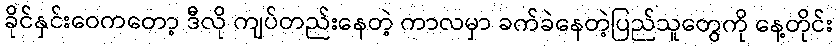
ခိုင်နှင်းဝေကတော့ ဒီလို ကျပ်တည်းနေတဲ့ ကာလမှာ ခက်ခဲနေတဲ့ပြည်သူတွေကို နေ့တိုင်း